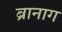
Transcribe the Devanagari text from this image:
ब्रानाग